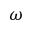
\omega